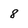
Character: 8